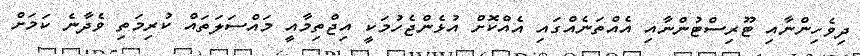
ދިވެހިންނާއި ޓޫރިސްޓުންނާއި އެއްތަނެއްގައި އެއްކޮށް އުޅެންޖެހުމަކީ އިޖްތިމާއީ މައްސަލަތައް ކުރިމަތި ވެދާނެ ކަމަށް